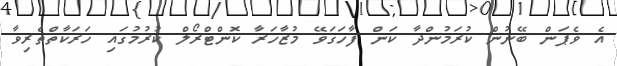
އެ ވެޕަން ބޭނުން ކުރަމުންދާ ކަން ފާހަަގަވޭ މުޒާހަރާ ކޮންޓްރޯލް ކުރުމުގައި ހަރަކާތްތެރިވާ